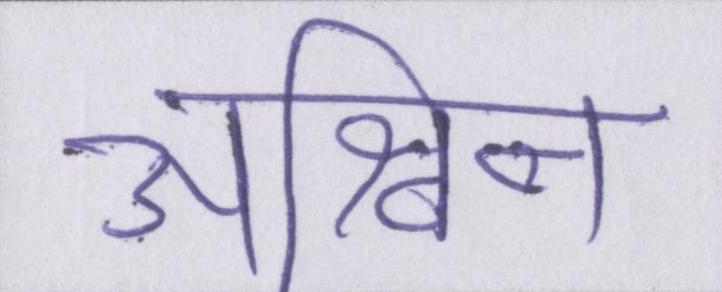
अश्विन